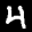
Label: 4